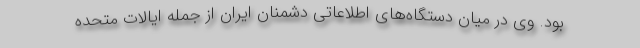
بود. وی در میان دستگاه‌های اطلاعاتی دشمنان ایران از جمله ایالات متحده